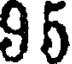
95